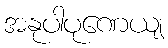
အနုပါပုဏေယျ